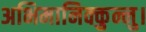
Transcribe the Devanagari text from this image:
अभिमानिक्कुन्नु।